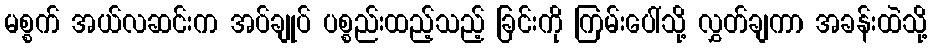
မစ္စက် အယ်လဆင်းက အပ်ချုပ် ပစ္စည်းထည့်သည့် ခြင်းကို ကြမ်းပေါ်သို့ လွှတ်ချကာ အခန်းထဲသို့